Enquiry on enteric fever in India - Number 32
Disease focus: Fever
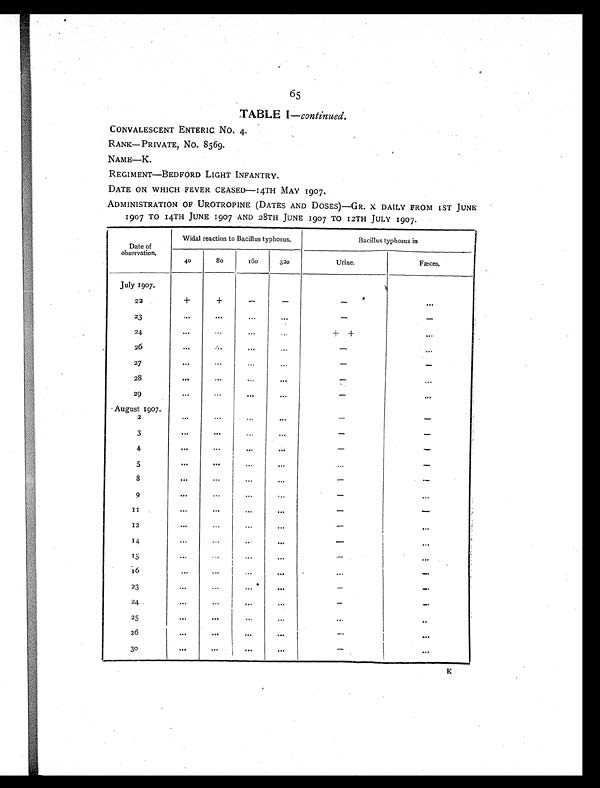
65
TABLE I —continued.
CONVALESCENT ENTERIC No. 4.
RANK—PRIVATE, No. 8569.
NAME—K.
REGIMENT—BEDFORD LIGHT INFANTRY.
DATE ON WHICH FEVER CEASED—14TH MAY 1907.
ADMINISTRATION OF UROTROPINE (DATES AND DOSES)—GR. X DAILY FROM 1ST JUNE
1907 TO 14TH JUNE 1907 AND 28TH JUNE 1907 TO 12TH JULY 1907.
Date of
observation.
Widal reaction to Bacillus typhosus.
Bacillus typhosus in
40
80
160
320
Urine.
Fæces.
July 1907.
22
+
+
-
-
-
. . .
23
... ...
. . .
...
-
-
24
...
. . .
. . .
...
+ +
. . .
26
...
...
. . .
. . .
-
. . .
27
...
. . .
. . .
. . .
-
-
28
. . .
. . .
...
. . .
-
. . .
29
. . .
. . .
...
. . .
- . . .
August 1907.
2
...
. . .
. . .
...
- -
3
...
. . .
...
. . .
- -
4
. . .
. . .
. . .
...
- -
5
. . .
. . .
...
. . .
. . . -
8
. . .
. . .
. . .
. . .
-
-
9
. . .
. . .
...
. . .
-
...
1 1
. . .
...
. . .
...
- -
12
... ...
. . .
...
-
...
14
. . .
. . .
...
. . .
-
...
15
. . .
. . .
. . .
. . .
-
. . .
16
...
. . .
. . .
...
. . .
-
2 3
...
. . .
. . .
. . .
- -
24
...
. . .
. . .
...
- -
25
. . .
. . .
...
. . .
...
..
26
. . .
...
. . .
. . .
-
...
30
...
. . .
. . .
. . .
-
...